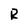
Character: R